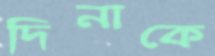
দিনাকে